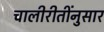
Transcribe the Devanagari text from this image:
चालीरीतींनुसार